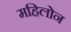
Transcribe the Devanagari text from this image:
महिलोन